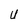
Character: U